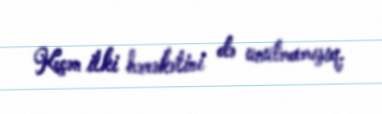
Keçən ilki hərəkətini də unutmamışıq.